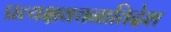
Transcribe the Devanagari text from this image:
प्रत्यक्षवचनातिदेश